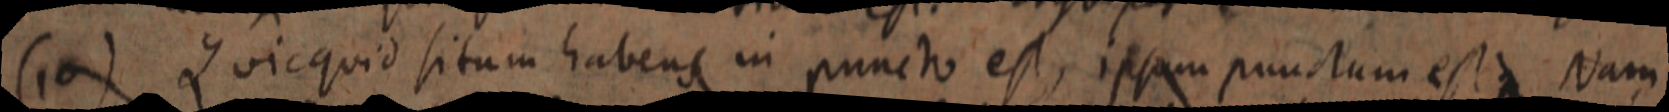
(10) Quicquid situm habens in puncto est, ipsam punctum est Nam